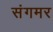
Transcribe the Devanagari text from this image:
संगमर